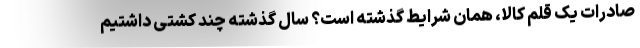
صادرات یک قلم کالا، همان شرایط گذشته است؟ سال گذشته چند کشتی داشتیم